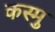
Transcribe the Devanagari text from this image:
कस्मु